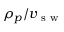
\rho _ { p } / v _ { \textrm { s w } }